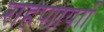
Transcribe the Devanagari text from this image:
राहणार्याा